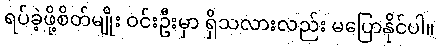
ရပ်ခဲ့ဖို့စိတ်မျိုး ဝင်းဦးမှာ ရှိသလားလည်း မပြောနိုင်ပါ။